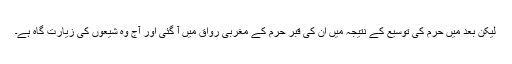
لیکن بعد میں حرم کی توسیع کے نتیجہ میں ان کی قبر حرم کے مغربی رواق میں آ گئی اور آج وہ شیعوں کی زیارت گاہ ہے۔